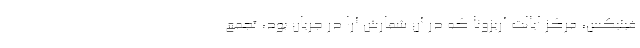
فینیکس، مرکز ایالت آریزونا که در آن شمارش آرا در جریان بود، تجمع